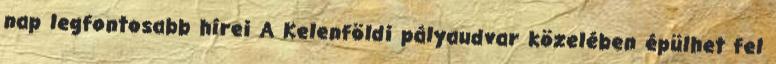
nap legfontosabb hírei A Kelenföldi pályaudvar közelében épülhet fel